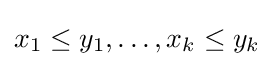
x_{1}\leq y_{1},\ldots ,x_{k}\leq y_{k}